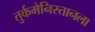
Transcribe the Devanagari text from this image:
तुर्कमेनिस्तानला